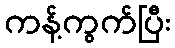
ကန့်ကွက်ပြီး